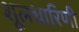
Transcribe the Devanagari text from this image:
शूलधारिणी